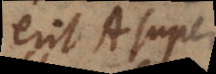
erit A super